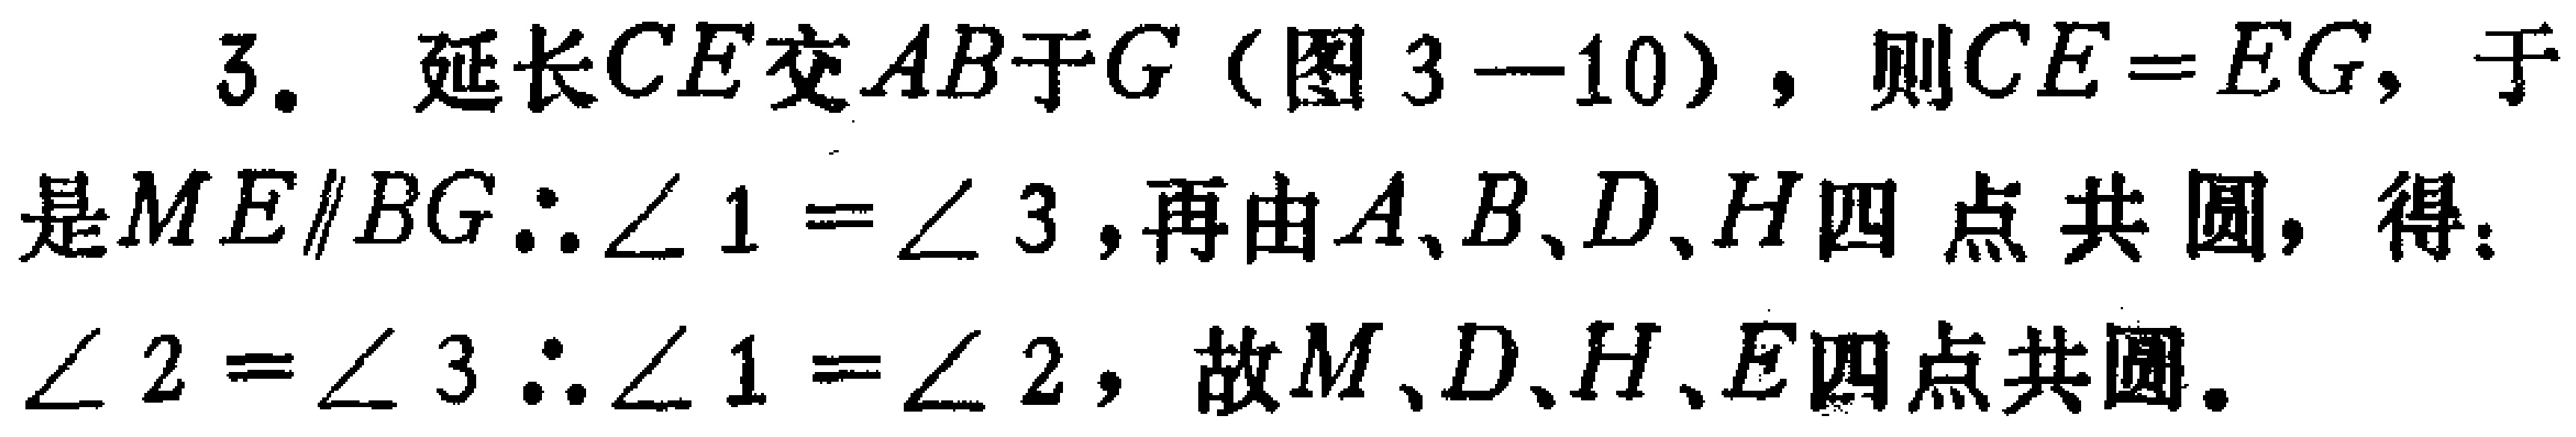
3. 延长\(CE\)交\(AB\)于\(G\)（图 \(3 - 10\)），则\(CE = EG\)，于是\(ME\parallel BG\therefore\angle 1=\angle 3\)，再由\(A、B、D、H\)四点共圆，得：\(\angle 2=\angle 3\therefore\angle 1=\angle 2\)，故\(M、D、H、E\)四点共圆。